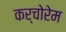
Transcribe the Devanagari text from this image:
कर्चोरेम